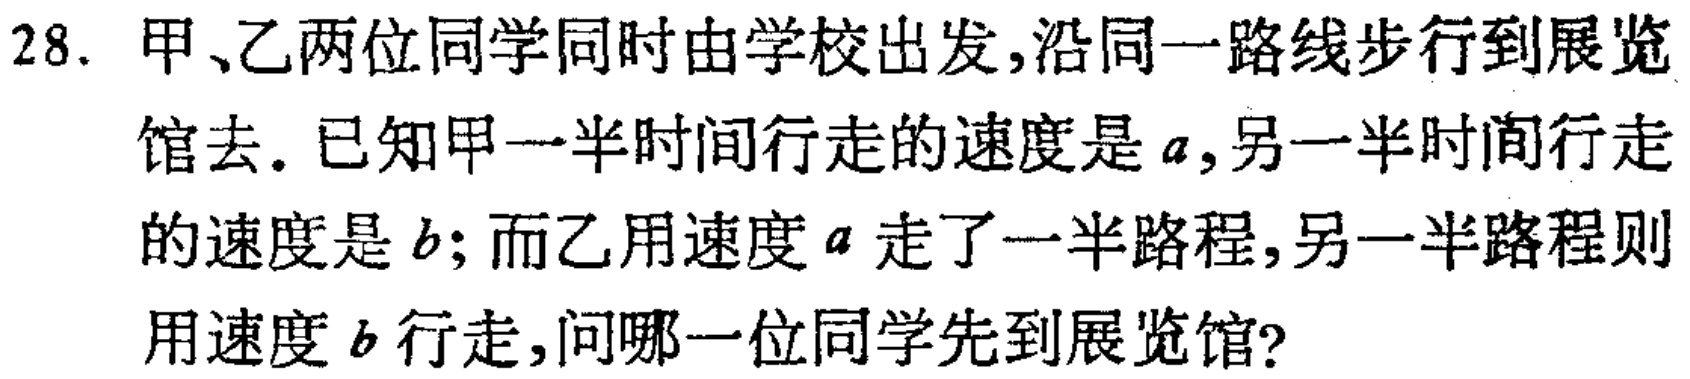
28. 甲、乙两位同学同时由学校出发,沿同一路线步行到展览馆去. 已知甲一半时间行走的速度是\(a\),另一半时间行走的速度是\(b\); 而乙用速度\(a\)走了一半路程,另一半路程则用速度\(b\)行走,问哪一位同学先到展览馆?